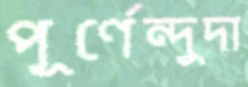
পূর্ণেন্দুদা